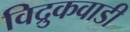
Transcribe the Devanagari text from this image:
विद्रुकवाडी